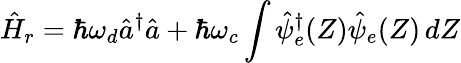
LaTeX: \hat{H}_{r}=\hbar\omega_{d}\hat{a}^{\dagger}\hat{a}+\hbar\omega_{c}\int\hat{\psi}_{e}^{\dagger}(Z)\hat{\psi}_{e}(Z)\, dZ